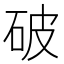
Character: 破